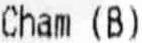
CHAM (B)